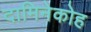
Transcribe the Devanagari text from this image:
दामिनेकोह